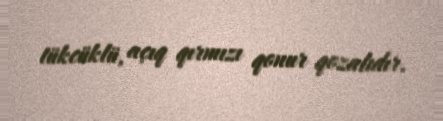
tükcüklü, açıq qırmızı qonur qozalıdır.